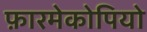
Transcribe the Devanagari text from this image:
फ़ारमेकोपियो